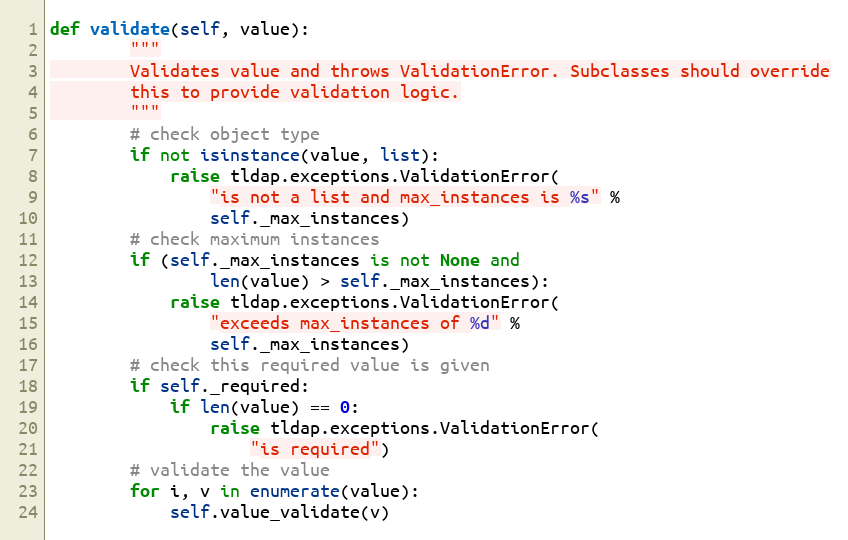
Language: Python
def validate(self, value):
        """
        Validates value and throws ValidationError. Subclasses should override
        this to provide validation logic.
        """
        # check object type
        if not isinstance(value, list):
            raise tldap.exceptions.ValidationError(
                "is not a list and max_instances is %s" %
                self._max_instances)
        # check maximum instances
        if (self._max_instances is not None and
                len(value) > self._max_instances):
            raise tldap.exceptions.ValidationError(
                "exceeds max_instances of %d" %
                self._max_instances)
        # check this required value is given
        if self._required:
            if len(value) == 0:
                raise tldap.exceptions.ValidationError(
                    "is required")
        # validate the value
        for i, v in enumerate(value):
            self.value_validate(v)